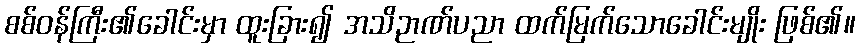
စစ်ဝန်ကြီး၏ခေါင်းမှာ ထူးခြား၍ အသိဉာဏ်ပညာ ထက်မြက်သောခေါင်းမျိုး ဖြစ်၏။